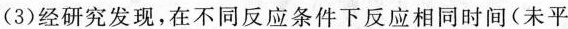
(3)经研究发现，在不同反应条件下反应相同时间(未平